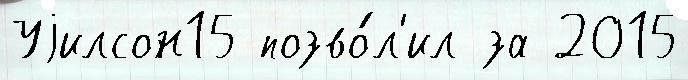
Уjилсон15 позво́л'ил за 2015